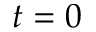
t = 0